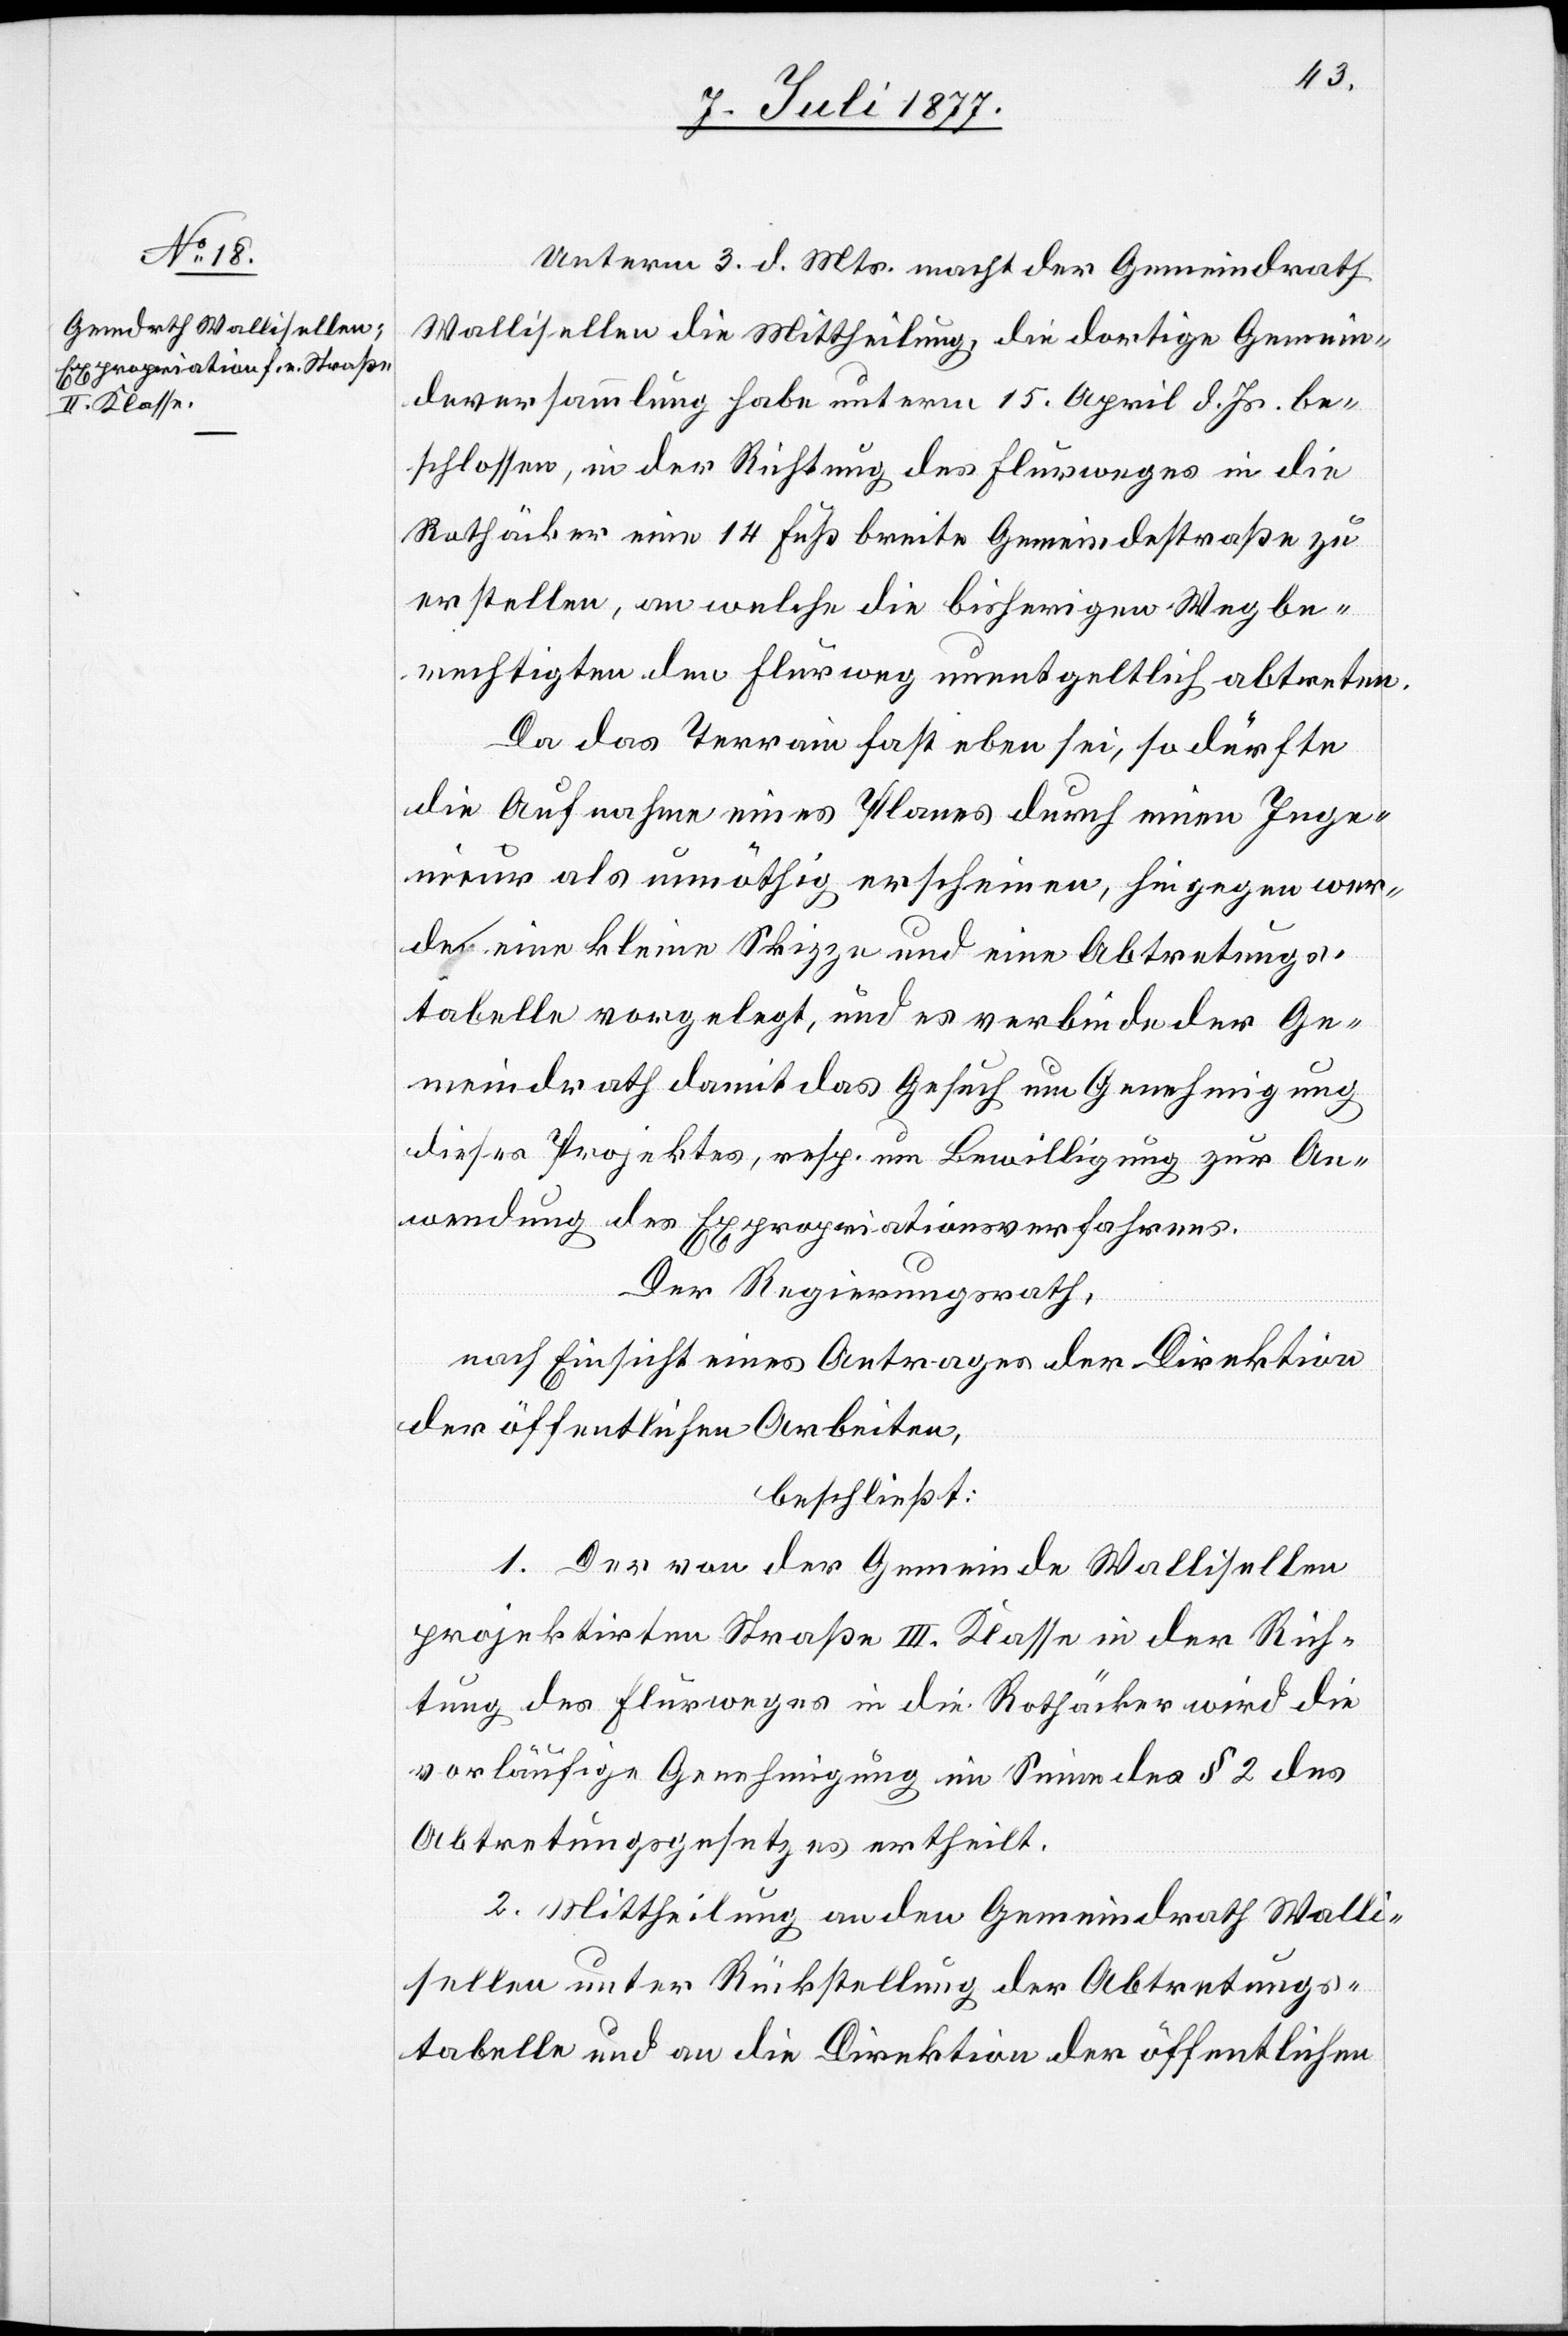
Unterm 3. d. Mts. macht der Gemeindrath
Wallisellen die Mittheilung, die dortige Gemein¬
deversammlung habe unterm 15. April d. Js. be¬
schlossen, in der Richtung des Flurweges in die
Rothäcker eine 14 Fuß breite Gemeindestraße zu
erstellen, an welche die bisherigen Wegbe¬
rechtigten den Flurweg unentgeltlich abtreten.
Da das Terrain fast eben sei, so dürfte
die Aufnahme eines Planes durch einen Inge¬
nieur als unnöthig erscheinen, hingegen wer¬
de eine kleine Skizze und eine Abtretungs¬
tabelle vorgelegt, und es verbinde der Ge¬
meindrath damit das Gesuch um Genehmigung
dieses Projektes, resp. um Bewilligung zur An¬
wendung des Expropriationsverfahrens.
Der Regierungsrath,
nach Einsicht eines Antrages der Direktion
der öffentlichen Arbeiten,
beschließt:
1. Der von der Gemeinde Wallisellen
projektirten Straße III. Klasse in der Rich¬
tung des Flurweges in die Rothäcker wird die
vorläufige Genehmigung im Sinne des § 2 des
Abtretungsgesetzes ertheilt.
2. Mittheilung an den Gemeindrath Walli¬
sellen unter Rückstellung der Abtretungs¬
tabelle und an die Direktion der öffentlichen